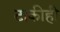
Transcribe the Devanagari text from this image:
टाकीही